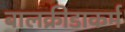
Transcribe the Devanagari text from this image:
बालक्रीडाकर्म